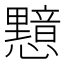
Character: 𭟛